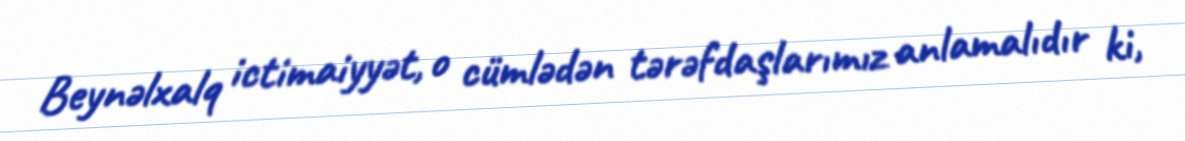
Beynəlxalq ictimaiyyət, o cümlədən tərəfdaşlarımız anlamalıdır ki,